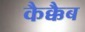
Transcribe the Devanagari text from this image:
कैक्कैब